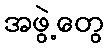
အဖွဲ့တွေ